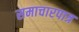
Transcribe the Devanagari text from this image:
समाचारपात्र